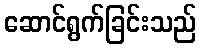
ဆောင်ရွက်ခြင်းသည်